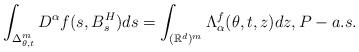
LaTeX: \begin{align*}\int_{\Delta _{\theta ,t}^{m}}D^{\alpha }f(s,B_{s}^{H})ds=\int_{(\mathbb{R}^{d})^m} \Lambda_\alpha^f (\theta,t,z) dz, P-a.s.\end{align*}